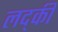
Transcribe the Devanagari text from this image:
लद्की